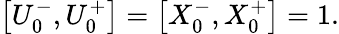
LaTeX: \left[U_{0}^{-},U_{0}^{+}\right]=\left[X_{0}^{-},X_{0}^{+}\right]=1.